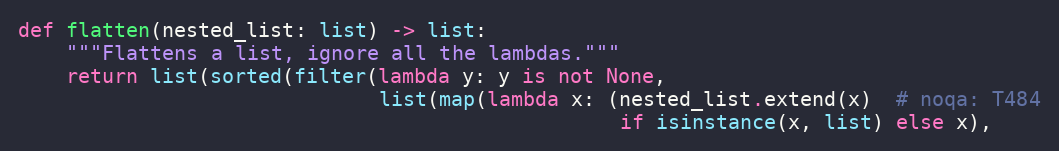
Language: Python
def flatten(nested_list: list) -> list:
    """Flattens a list, ignore all the lambdas."""
    return list(sorted(filter(lambda y: y is not None,
                              list(map(lambda x: (nested_list.extend(x)  # noqa: T484
                                                  if isinstance(x, list) else x),